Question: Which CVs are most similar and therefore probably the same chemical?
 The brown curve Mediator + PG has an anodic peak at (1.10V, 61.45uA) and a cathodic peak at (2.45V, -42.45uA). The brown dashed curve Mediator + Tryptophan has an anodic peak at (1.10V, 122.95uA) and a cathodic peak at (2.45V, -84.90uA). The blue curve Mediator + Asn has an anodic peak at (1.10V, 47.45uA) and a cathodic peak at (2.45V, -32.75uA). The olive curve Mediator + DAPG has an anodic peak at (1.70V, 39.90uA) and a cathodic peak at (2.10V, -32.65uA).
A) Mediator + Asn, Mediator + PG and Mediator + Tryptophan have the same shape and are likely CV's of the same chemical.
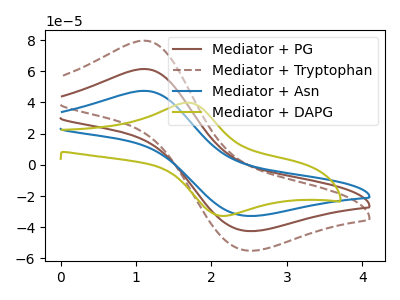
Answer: <think>All the peaks in "Mediator + PG" have a peak in "Mediator + Tryptophan" at the same potential. Every peak in "Mediator + PG" is lower than every peak in "Mediator + Tryptophan". All the peaks in "Mediator + PG" have a peak in "Mediator + Asn" at the same potential. Every peak in "Mediator + PG" is higher than every peak in "Mediator + Asn". "Mediator + PG" and "Mediator + DAPG" have at least one peak that do not match. All the peaks in "Mediator + Tryptophan" have a peak in "Mediator + Asn" at the same potential. Every peak in "Mediator + Tryptophan" is higher than every peak in "Mediator + Asn". "Mediator + Tryptophan" and "Mediator + DAPG" have at least one peak that do not match. "Mediator + Asn" and "Mediator + DAPG" have at least one peak that do not match.
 </think>
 <answer>A) "Mediator + Asn", "Mediator + PG" and "Mediator + Tryptophan" have the same shape and are likely CV's of the same chemical.</answer>
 <eval>A</eval>